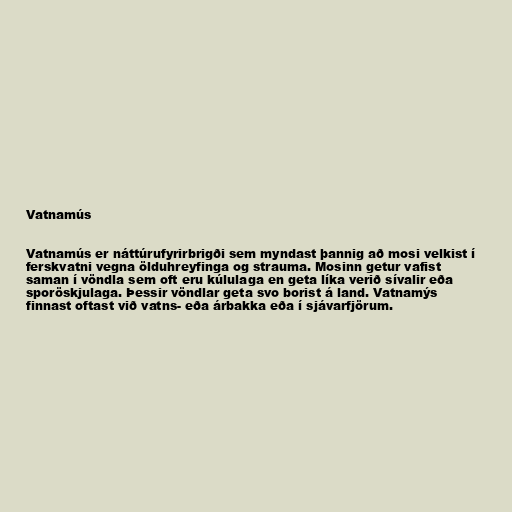
Vatnamús

Vatnamús er náttúrufyrirbrigði sem myndast þannig að mosi velkist í
ferskvatni vegna ölduhreyfinga og strauma. Mosinn getur vafist
saman í vöndla sem oft eru kúlulaga en geta líka verið sívalir eða
sporöskjulaga. Þessir vöndlar geta svo borist á land. Vatnamýs
finnast oftast við vatns- eða árbakka eða í sjávarfjörum.